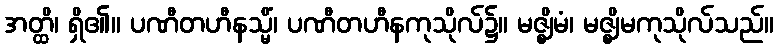
အတ္ထိ၊ ရှိ၏။ ပဏီတဟီနသ္မိံ၊ ပဏီတဟီနကုသိုလ်၌။ မဇ္ဈိမံ၊ မဇ္ဈိမကုသိုလ်သည်။